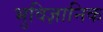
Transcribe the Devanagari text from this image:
भुविज्ञानिक